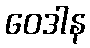
ဝေဒါန